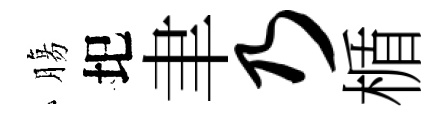
膓圯聿乃楯